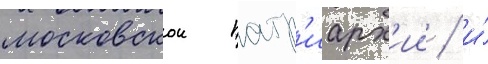
московскои патр'иарх'ии / и́